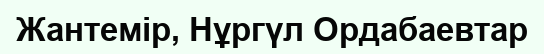
Жантемір, Нұргүл Ордабаевтар